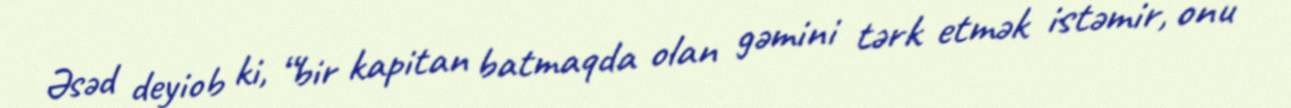
Əsəd deyiob ki, “bir kapitan batmaqda olan gəmini tərk etmək istəmir, onu